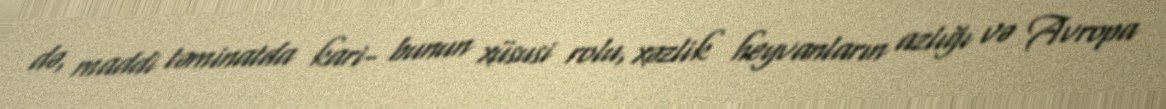
də, maddi təminatda kari- bunun xüsusi rolu, xəzlik heyvanların azlığı və Avropa